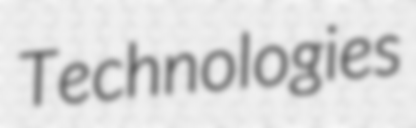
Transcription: Technologies